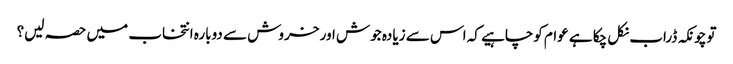
توچونکہ ڈراب نکل چکا ہے عوام کوچاہیے کہ اس سے زیادہ جوش اور خروش سے دوبارہ انتخاب میں حصہ لیں؟